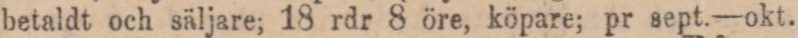
betaldt och säljare; 18 rdr 8 öre, köpare; pr sept.—okt.